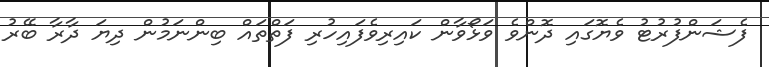
ފެޝަންފުރުޓު ވެޔޮގައި ދޮންވެ ވަޅޯވާން ކައިރިވެފައިހުރި ފަތްތައް ބިންނަމުން ދިޔަ ދާރާ ބޭރު